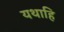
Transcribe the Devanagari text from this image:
यथाहि